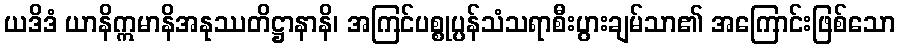
ယဒိဒံ ယာနိဣမာနိအနုဿတိဋ္ဌာနာနိ၊ အကြင်ပစ္စုပ္ပန်သံသရာစီးပွားချမ်သာ၏ အကြောင်းဖြစ်သော